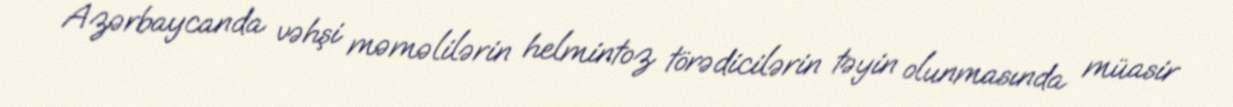
Azərbaycanda vəhşi məməlilərin helmintoz törədicilərin təyin olunmasında müasir